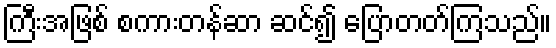
ကြီးအဖြစ် စကားတန်ဆာ ဆင်၍ ပြောတတ်ကြသည်။